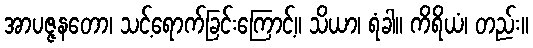
အာပဇ္ဇနတော၊ သင့်ရောက်ခြင်းကြောင့်။ သိယာ၊ ရံခါ။ ကိရိယံ၊ တည်း။